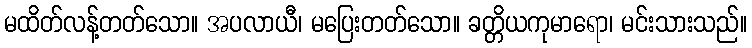
မထိတ်လန့်တတ်သော။ အပလာယီ၊ မပြေးတတ်သော။ ခတ္တိယကုမာရော၊ မင်းသားသည်။